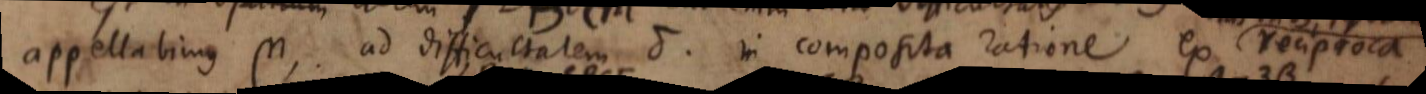
appellabimus μ, ad difficultatem δ in composita ratione ex reciproca